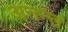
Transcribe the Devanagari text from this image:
अनन्‍त